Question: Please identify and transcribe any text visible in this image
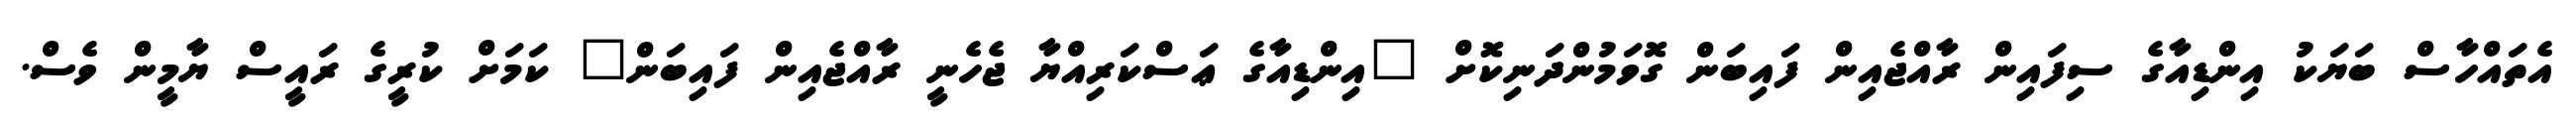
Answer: އެތައްހާސް ބަޔަކު އިންޑިއާގެ ސިފައިން ރާއްޖެއިން ފައިބަން ގޮވަމުންދަނިކޮށް "އިންޑިއާގެ ޢަސްކަރިއްޔާ ޖެހެނީ ރާއްޖެއިން ފައިބަން" ކަމަށް ކުރީގެ ރައީސް ޔާމީން ވެސް.